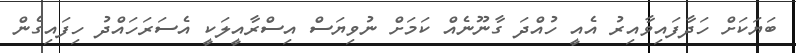
ބަޔަކަށް ހަދާފައިވާއިރު އެއީ ހުއްދަ ގާނޫނެއް ކަމަށް ނުވިޔަސް އިސްރާއީލަކީ އެސަރަހައްދު ހިފައިގެން